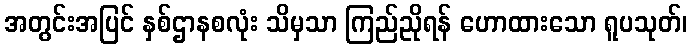
အတွင်းအပြင် နှစ်ဌာနစလုံး သိမှသာ ကြည်ညိုရန် ဟောထားသော ရူပသုတ်၊